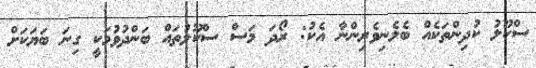
ސްކޫލު ކުދިންތަކެއް ބެލެނިވެރިންނާ އެކު: ރޯދަ މަސް ސްކޫލުތައް ބަންދުވުމަކީ ގިނަ ބަޔަކަށް